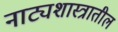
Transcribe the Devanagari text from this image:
नाट्यशास्त्रातील